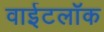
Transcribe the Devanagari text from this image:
वाईटलॉक